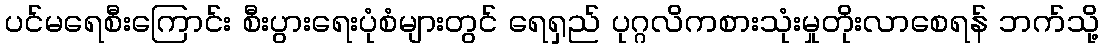
ပင်မရေစီးကြောင်း စီးပွားရေးပုံစံများတွင် ရေရှည် ပုဂ္ဂလိကစားသုံးမှုတိုးလာစေရန် ဘက်သို့